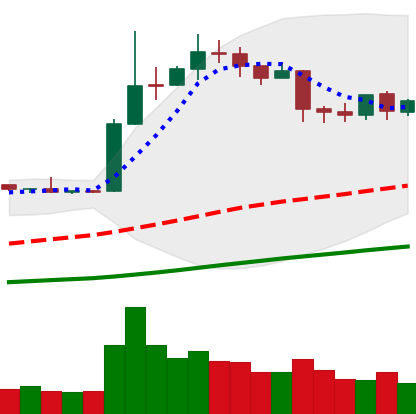
Ticker: LTC-USD
Chart end date: 2019-04-16
Forward return: -4.939%
Label: down_3_5